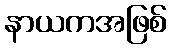
နာယကအဖြစ်